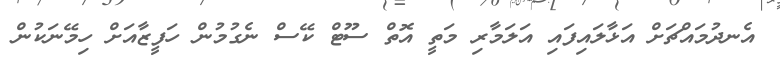
އެނދުމައްޗަށް އަޅާލައިފައި އަލަމާރި މަތީ އޮތް ސޫޓް ކޭސް ނެގުމުން ހަފީޒާއަށް ހިމޭނަކުން